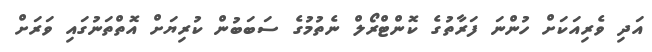
އަދި ވެރިއަކަށް ހުންނަ ފަރާތުގެ ކޮންޓްރޯލް ނެތުމުގެ ސަބަބުން ކުރިޔަށް އޮތްތަނުގައި ވަރަށް